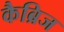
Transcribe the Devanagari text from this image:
कैब्रिज